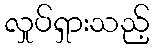
လှုပ်ရှားသည့်